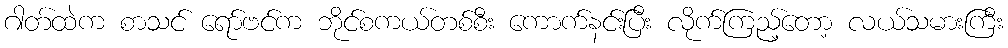
ဂါတ်ထဲက စာသင် ရော်ဗင်က ဘိုင်စကယ်တစ်စီး ကောက်နင်းပြီး လိုက်ကြည့်တော့ လယ်သမားကြီး